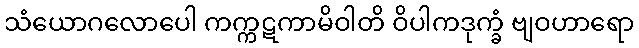
သံယောဂလောပေါ ကက္ကဋကာမိဝါတိ ဝိပါကဒုက္ခံ ဗျဝဟာရော